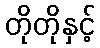
တိုတိုနှင့်